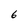
Character: 6